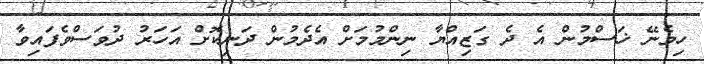
ހިމެނޭ ޚަސްމުން އެ ދެ ގަޒިއްޔާ ނިންމުމަށް އެދެމުން ދަނިކޮށް އަހަރު ދުވަސްވެފައިވާ